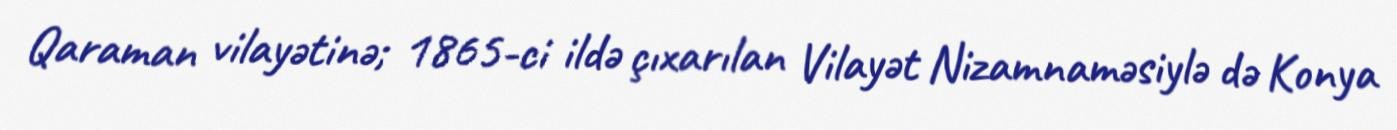
Qaraman vilayətinə; 1865-ci ildə çıxarılan Vilayət Nizamnaməsiylə də Konya